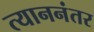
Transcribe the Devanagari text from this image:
त्याननंतर